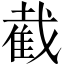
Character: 截